Annual report on the Civil Veterinary Department, Burma (including the Insein Veterinary School) - 1923-1931
Year: 1923
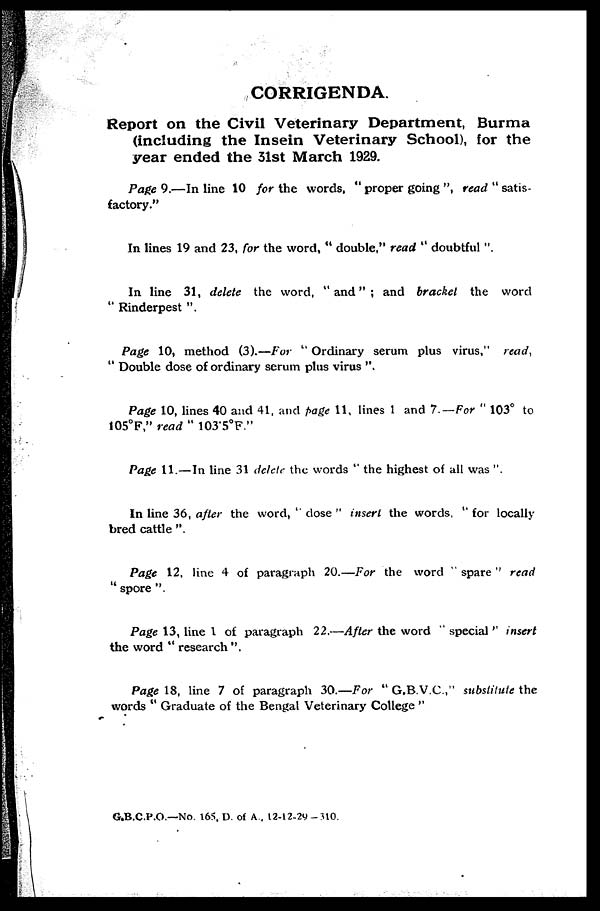
CORRIGENDA.
Report on the Civil Veterinary Department, Burma
(including the Insein Veterinary School), for the
year ended the 31st March 1929.
Page 9.—In line 10 for the words, " proper going ", read " satis-
factory."
In lines 19 and 23, for the word, " double," read " doubtful ".
In line 31, delete the word, "and"; and bracket the word
" Rinderpest ".
Page 10, method (3).—For " Ordinary serum plus virus," read,
" Double dose of ordinary serum plus virus ".
Page 10, lines 40 and 41, and page 11, lines 1 and 7.— For " 103° to
105°F," read " 103.5°F."
Page 11.—In line 31 delete the words " the highest of all was ".
In line 36, after the word, " close " insert the words, " for locally
bred cattle ".
Page 12, line 4 of paragraph 20.—For the word " spare " read
" spore ".
Page 13, line 1 of paragraph 22.—After the word " special" insert
the word " research ".
Page 18, line 7 of paragraph 30.—For " G.B.V.C.," substitute the
words " Graduate of the Bengal Veterinary College "
G.B.C.P.O.—No. 165, D. of A., 12-12-29-310.